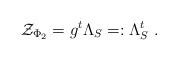
LaTeX: \begin{align*}\mathcal{Z}_{\Phi_2}=g^t\Lambda_S=:\Lambda^t_S \ .\end{align*}